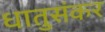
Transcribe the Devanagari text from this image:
धातुसंकर